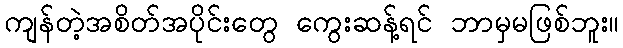
ကျန်တဲ့အစိတ်အပိုင်းတွေ ကွေးဆန့်ရင် ဘာမှမဖြစ်ဘူး။